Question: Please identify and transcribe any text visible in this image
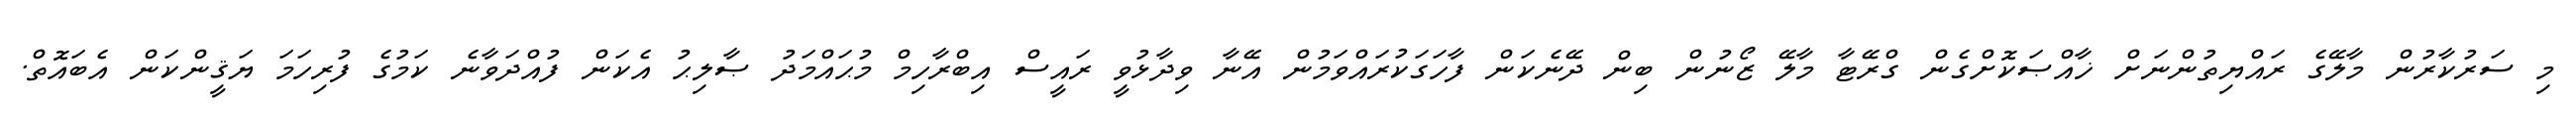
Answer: މި ސަރުކާރުން މާލޭގެ ރައްޔިތުންނަށް ޚާއްޞަކޮށްގެން ގްރޭޓާ މާލޭ ޒޯނުން ބިން ދޭނެކަން ފާހަގަކުރައްވަމުން އޭނާ ވިދާޅުވީ ރައީސް އިބްރާހިމް މުޙައްމަދު ޞާލިޙު އެކަން ފުއްދަވާނެ ކަމުގެ ފުރިހަމަ ޔަޤީންކަން އެބައޮތް.